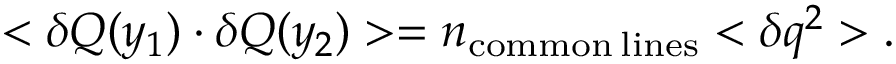
< \delta Q ( y _ { 1 } ) \cdot \delta Q ( y _ { 2 } ) > = n _ { \mathrm { c o m m o n } \: \mathrm { l i n e s } } < \delta q ^ { 2 } > .